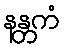
နန္တကံ